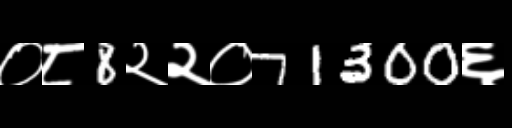
Text: ०८8२२०71300६